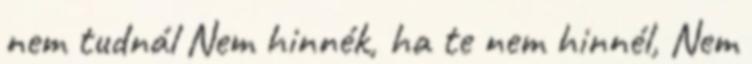
nem tudnál Nem hinnék, ha te nem hinnél, Nem